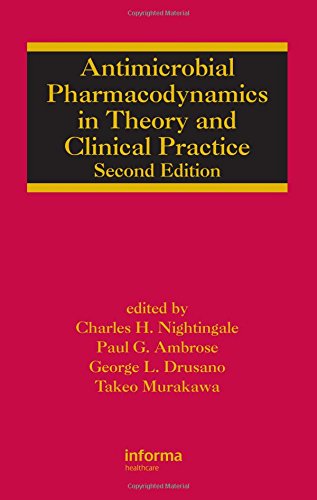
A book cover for Antimicrobial Pharmacodynamics in Theory and Clinical Practice, Second Edition (Infectious Disease and Therapy); Nightingale; Medical Books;